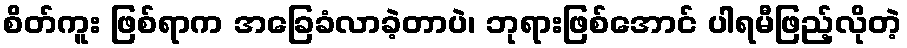
စိတ်ကူး ဖြစ်ရာက အခြေခံလာခဲ့တာပဲ၊ ဘုရားဖြစ်အောင် ပါရမီဖြည့်လိုတဲ့